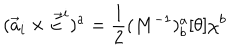
LaTeX: ( { \vec { a } } _ { i } \times { \vec { E } } ^ { i } ) ^ { a } = \frac { 1 } { 2 } ( M ^ { - 1 } ) _ { b } ^ { a } [ \theta ] \chi ^ { b }